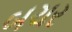
બચર